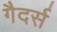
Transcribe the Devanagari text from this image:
गैदर्स